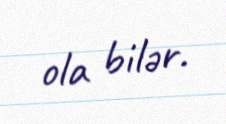
ola bilər.